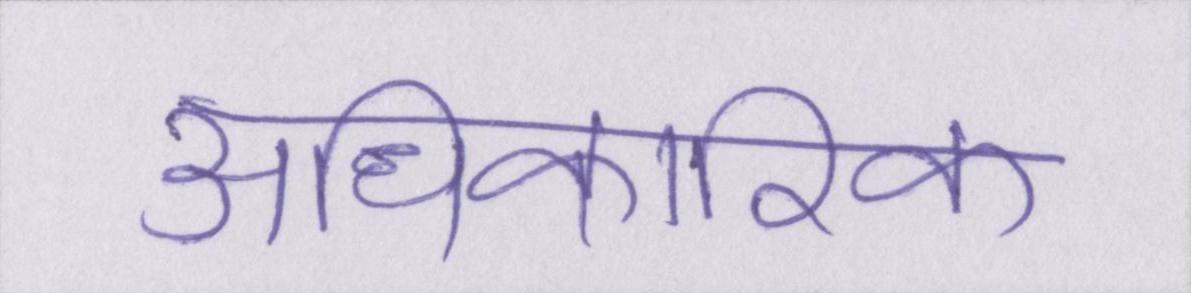
अधिकारिक